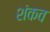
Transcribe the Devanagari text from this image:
शंकव